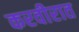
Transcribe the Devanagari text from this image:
करवीरात